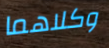
وكلاهما